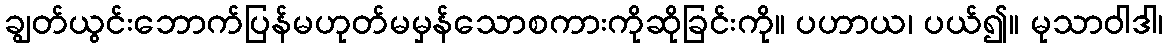
ချွတ်ယွင်းဘောက်ပြန်မဟုတ်မမှန်သောစကားကိုဆိုခြင်းကို။ ပဟာယ၊ ပယ်၍။ မုသာဝါဒါ၊